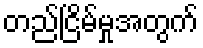
တည်ငြိမ်မှုအတွက်